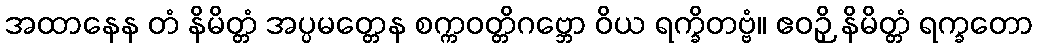
အထာနေန တံ နိမိတ္တံ အပ္ပမတ္တေန စက္ကဝတ္တိဂဗ္ဘော ဝိယ ရက္ခိတဗ္ဗံ။ ဧဝဉှိ နိမိတ္တံ ရက္ခတော